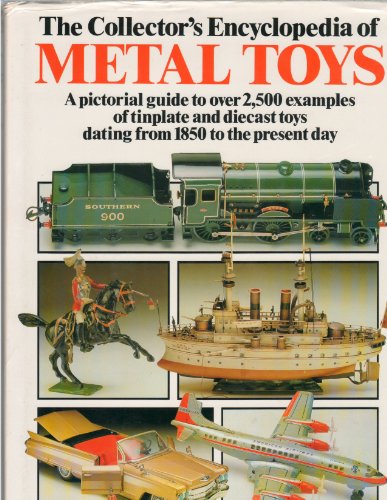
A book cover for The Collector's  Encyclopedia of Metal Toys: A Pictorial Guide to Over 2,500 Examples of Tinplate and Diecast Toys Dating from 1850 to the Present Day; Richard O'Neill; Crafts, Hobbies & Home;